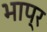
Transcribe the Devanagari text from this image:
भाप्र